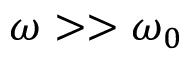
\omega > > \omega _ { 0 }